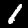
Label: 1